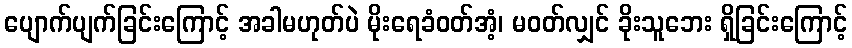
ပျောက်ပျက်ခြင်းကြောင့် အခါမဟုတ်ပဲ မိုးရေခံဝတ်အံ့၊ မဝတ်လျှင် ခိုးသူဘေး ရှိခြင်းကြောင့်